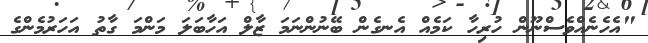
"އެހެނެއްވެސްނޫން ހުރިހާ ކަމެއް އެނގެން ބޭނުންނަމަ ޒާލް އަހާބަލަ މަންމަ ގާތު އަހަރުމެންގެ